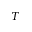
T